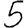
Digit: 5